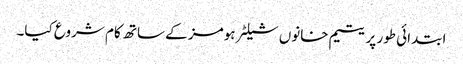
ابتدائی طور پر یتیم خانوں شیلٹر ہومز کے ساتھ کام شروع کیا۔